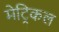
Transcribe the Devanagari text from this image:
मेट्रिकल